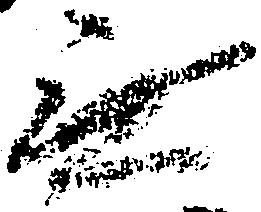
無